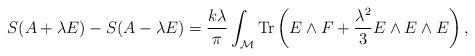
LaTeX: \begin{align*}S(A+\lambda E) - S(A-\lambda E) = {k\lambda\over\pi} \int_{\cal M} {\rm Tr}\left( E\wedge F + {\lambda^2\over 3} E\wedge E\wedge E\right),\end{align*}